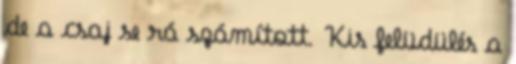
de a csaj se rá számított. Kis felüdülés a